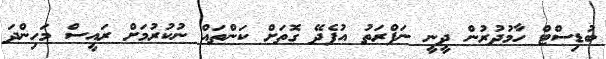
ބުޑިސްޓް ހާމުދުރުން ދީނީ ނަފްރަތު އުފެދޭ ގޮތަށް ކަންތައް ނުކުރުމަށް ރައީސް މަހިންދަ